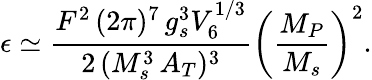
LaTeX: \epsilon\simeq\frac{F^{2}\, (2\pi)^{7}\, g_{s}^{3}V_{6}^{1/3}}{2\, (M_{s}^{3}\, A_{T})^{3}}\left(\frac{M_{P}}{M_{s}}\right)^{2}.